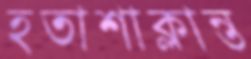
হতাশাক্লান্ত